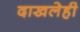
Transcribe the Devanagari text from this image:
दाखलेही